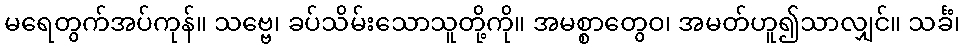
မရေတွက်အပ်ကုန်။ သဗ္ဗေ၊ ခပ်သိမ်းသောသူတို့ကို။ အမစ္စာတွေဝ၊ အမတ်ဟူ၍သာလျှင်။ သင်္ခံ၊